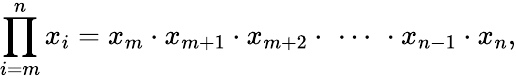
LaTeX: \prod_{i=m}^{n}x_{i}=x_{m}\cdot x_{m+1}\cdot x_{m+2}\cdot\, \, \cdots\, \, \cdot x_{n-1}\cdot x_{n},